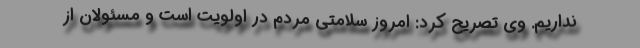
نداریم. وی تصریح کرد: امروز سلامتی مردم در اولویت است و مسئولان از